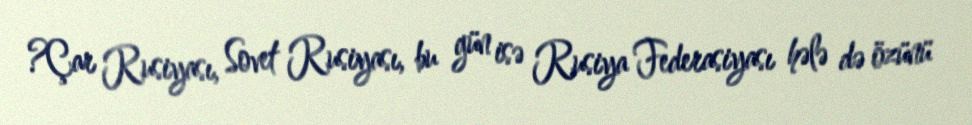
?Çar Rusiyası, Sovet Rusiyası, bu gün isə Rusiya Federasiyası hələ də özünü